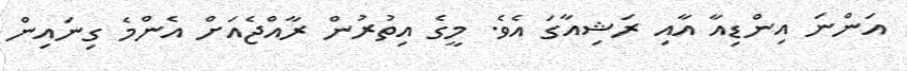
އަންނަ އިންޑިއާ އާއި ރަޝިއާގަ އެވެ. މީގެ އިތުރުން ރާއްޖެއަށް އެންމެ ގިނައިން